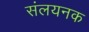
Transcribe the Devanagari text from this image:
संलयनक